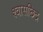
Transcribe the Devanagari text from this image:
श्वासछिद्र